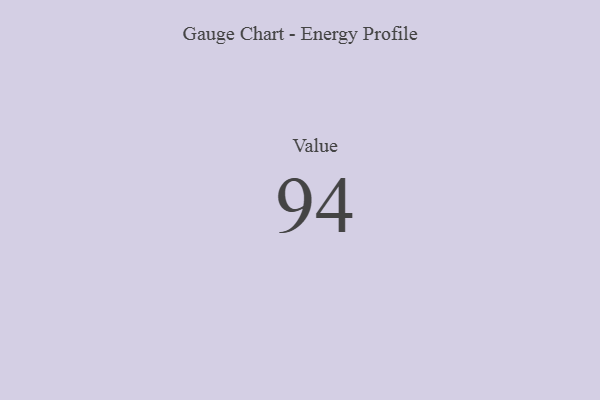
{"axis": {"x": "Metric", "y": "Value"}, "legend": [""], "data": [{"x": "Value", "y": 94, "type": ""}]}